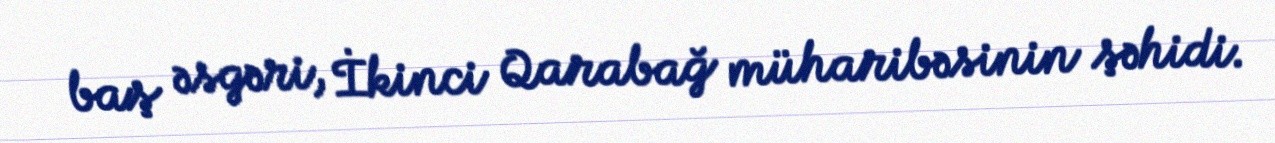
baş əsgəri, İkinci Qarabağ müharibəsinin şəhidi.